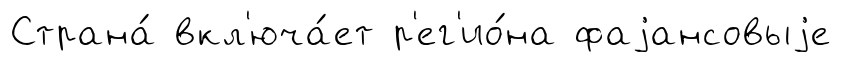
Страна́ вкл'юча́ет р'ег'ио́на фаjансовыjе